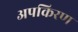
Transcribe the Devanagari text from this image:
अपकिरण